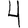
Digit: 4